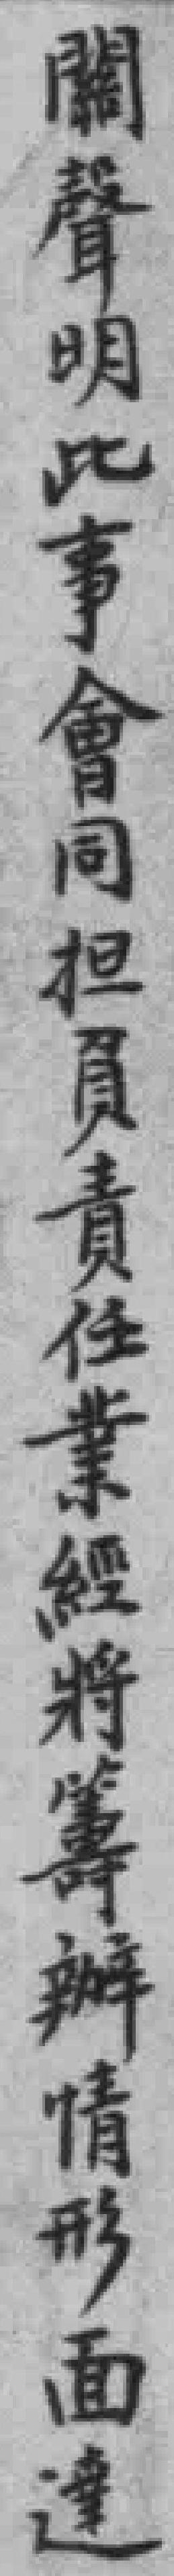
關聲明此事會同担員責任業經將籌辦情形面達